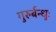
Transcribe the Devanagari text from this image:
गुरुर्बन्धुः